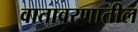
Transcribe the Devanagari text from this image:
वातावरणातील